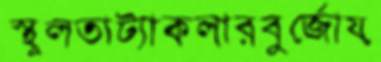
স্থূলতাট্যাকলারবুর্জোয়